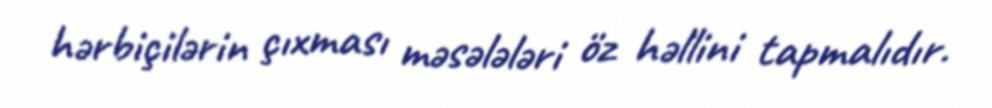
hərbiçilərin çıxması məsələləri öz həllini tapmalıdır.